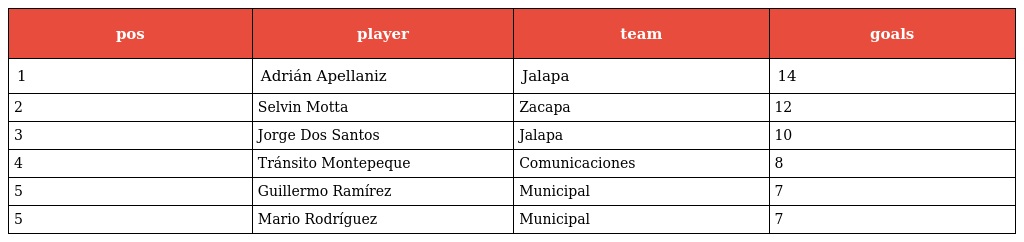
| pos | player | team | goals |
 | --- | --- | --- | --- |
 | 1 | Adrián Apellaniz | Jalapa | 14 |
 | 2 | Selvin Motta | Zacapa | 12 |
 | 3 | Jorge Dos Santos | Jalapa | 10 |
 | 4 | Tránsito Montepeque | Comunicaciones | 8 |
 | 5 | Guillermo Ramírez | Municipal | 7 |
 | 5 | Mario Rodríguez | Municipal | 7 |